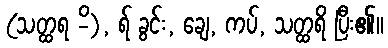
(သတ္ထရ -ိ), ရ် ခွင်း, ချေ, ကပ်, သတ္ထရိ ပြီး၏။